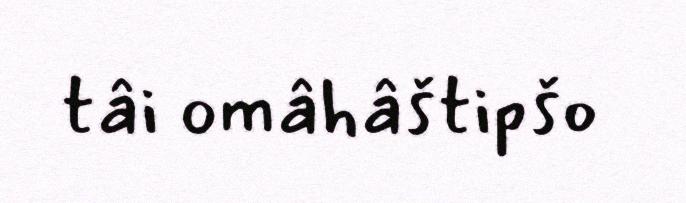
tâi omâhâštipšo